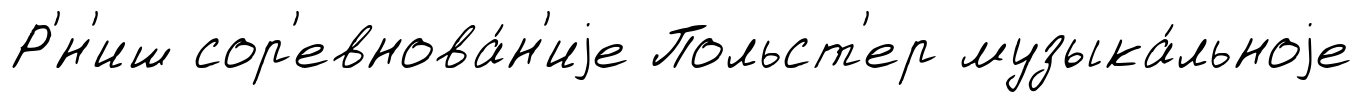
Р'́н'иш сор'евнова́н'иjе Польст'ер музыка́льноjе